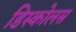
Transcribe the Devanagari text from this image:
डिस्कोलस